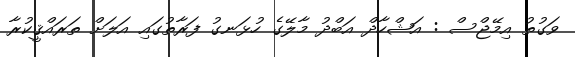
ވަގުތު އިމޭޖްސް : އަޝްހާދް އަބްދު މާލޭގެ ހުޅަނގު ފަރާތުގައި އަލަށް ތަރައްޤީކުރާ